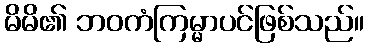
မိမိ၏ ဘဝကံကြမ္မာပင်ဖြစ်သည်။